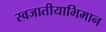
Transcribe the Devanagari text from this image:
स्वजातीयाभिमान